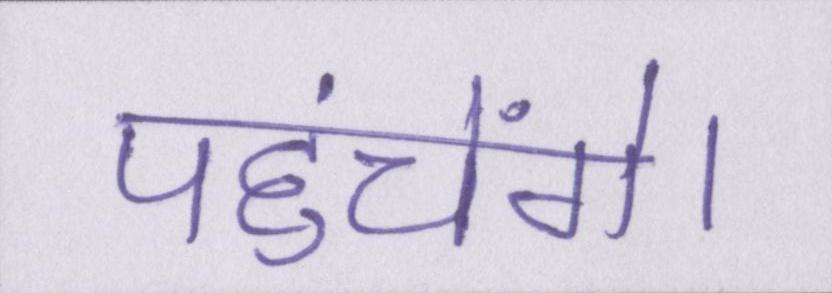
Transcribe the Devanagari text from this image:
पहुंचेंगे।